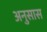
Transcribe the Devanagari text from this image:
अनुसास